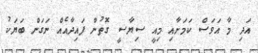
އަދި މާ އަވަސް ކަމަށާއި މިއީ ސިޔާސީ ގޮތުން ފައިދާއެއް ނަގަން ބަޔަކު